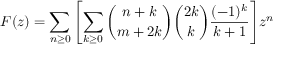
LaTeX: F ( z ) = \sum _ { n \geq 0 } { \left[ \sum _ { k \geq 0 } { { \binom { n + k } { m + 2 k } } { \binom { 2 k } { k } } { \frac { ( - 1 ) ^ { k } } { k + 1 } } } \right] } z ^ { n }